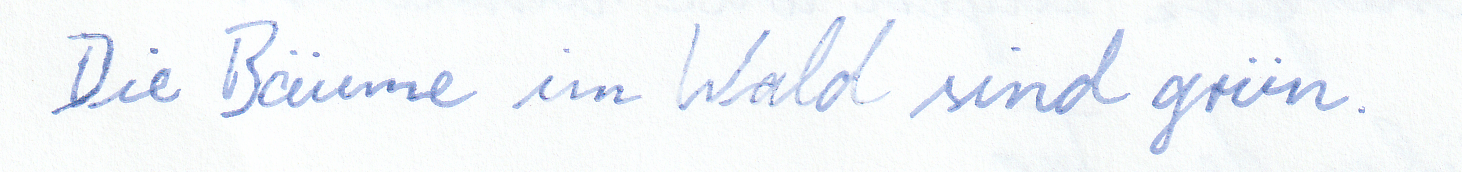
Die Bäume im Wald sind grün.